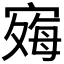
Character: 𪧞